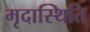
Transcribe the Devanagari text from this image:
मृदास्थिति